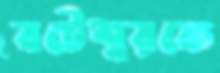
বটেশ্বরকে